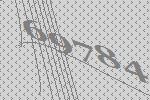
69784